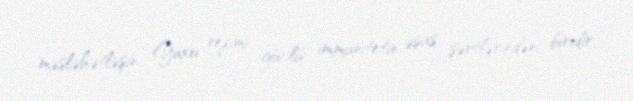
məsləhətləşin; Yuxu rejimi güclü immunitetin əsas şərtlərindən biridir.